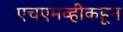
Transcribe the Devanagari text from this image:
एचएमव्हीकडून